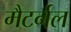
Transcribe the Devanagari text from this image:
मैटर्नल